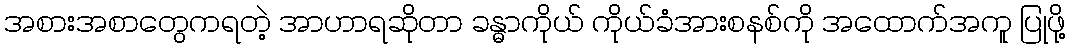
အစားအစာတွေကရတဲ့ အာဟာရဆိုတာ ခန္ဓာကိုယ် ကိုယ်ခံအားစနစ်ကို အထောက်အကူ ပြုဖို့